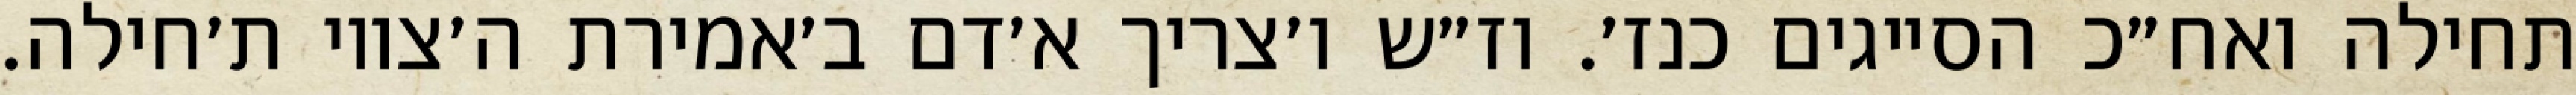
תחילה ואח״כ הסייגים כנז׳. וז״ש ו׳צריך א׳דם ב׳אמירת ה׳צווי ת׳חילה.